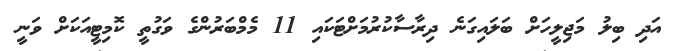
އަދި ބިލު މަޖިލީހަށް ބަލައިގަނެ ދިރާސާކުރުމަށްޓަކައި 11 މެމްބަރުންގެ ވަގުތީ ކޮމިޓީއަކަށް ވަނީ